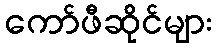
ကော်ဖီဆိုင်များ